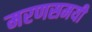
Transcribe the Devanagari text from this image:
मरणसमयी